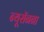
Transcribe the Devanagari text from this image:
न्यूरॉनना